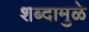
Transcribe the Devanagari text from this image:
शब्दामुळे